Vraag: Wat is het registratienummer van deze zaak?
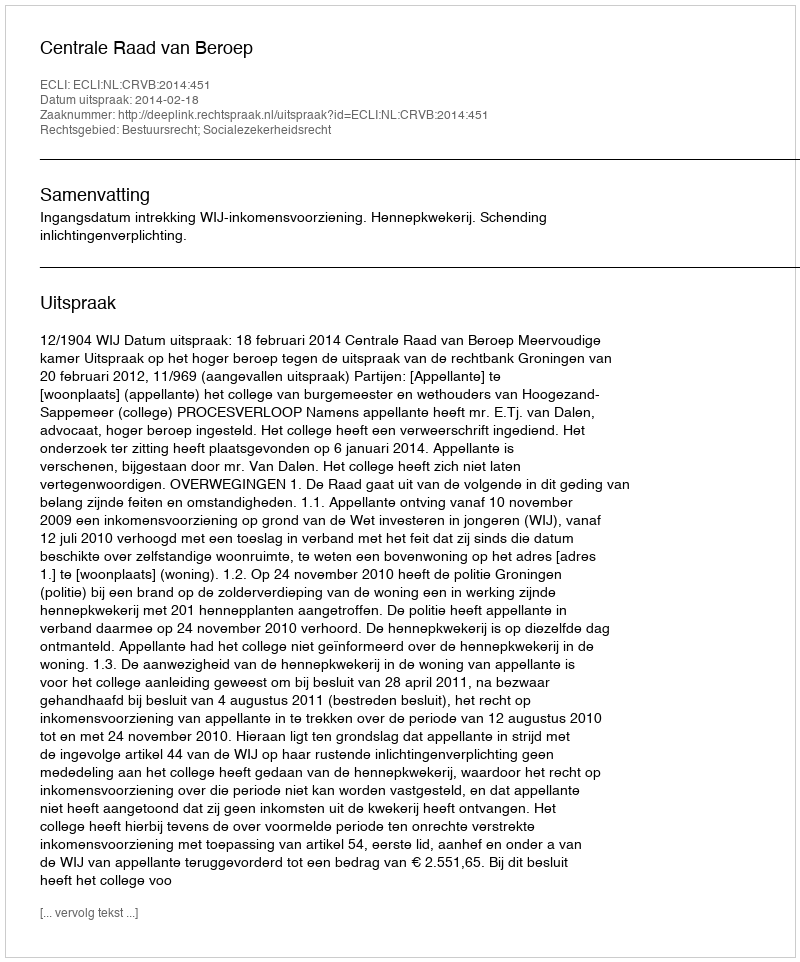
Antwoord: http://deeplink.rechtspraak.nl/uitspraak?id=ECLI:NL:CRVB:2014:451